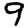
Digit: 9